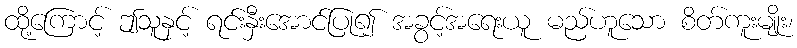
ထို့ကြောင့် ဤသူနှင့် ရင်းနှီးအောင်ပြု၍ အခွင့်အရေးယူ မည်ဟူသော စိတ်ကူးမျိုး၊